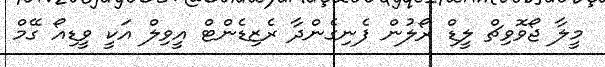
މީލާ ޖޯޯވޮވިޗް ލީޑް ރޯލުން ފެނިގެންދާ ރެޒިޑެންޓް އީވިލް އަކީ ވީޑިއޯ ގޭމް